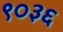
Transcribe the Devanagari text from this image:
९०३६